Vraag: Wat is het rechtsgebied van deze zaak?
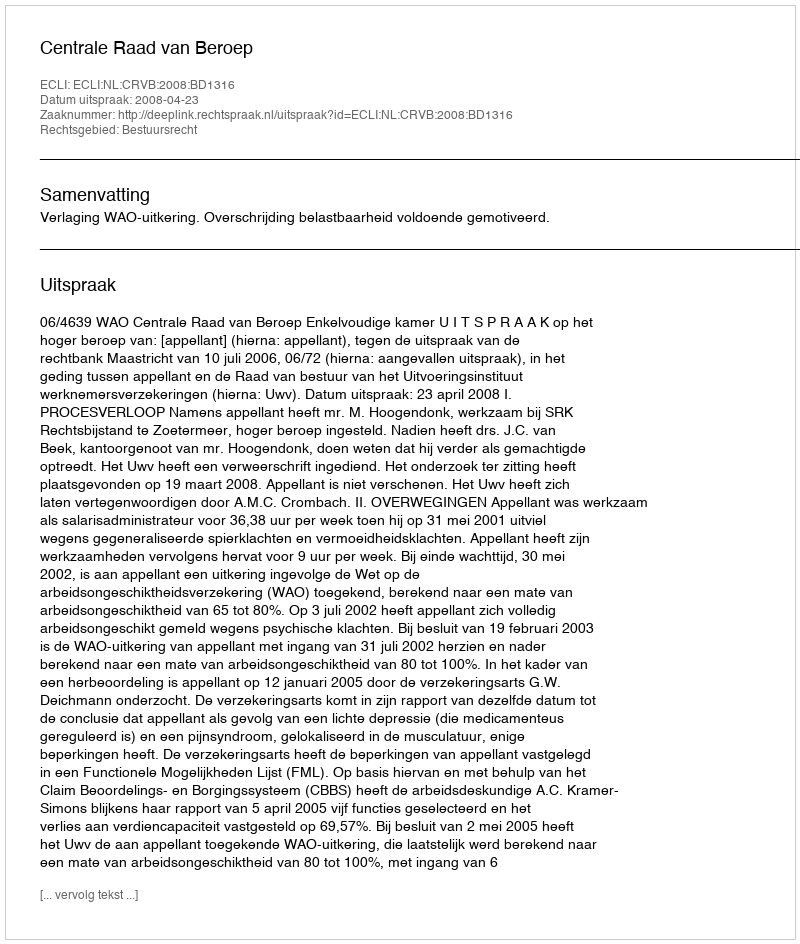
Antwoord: Bestuursrecht